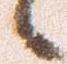
候